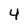
Character: 4